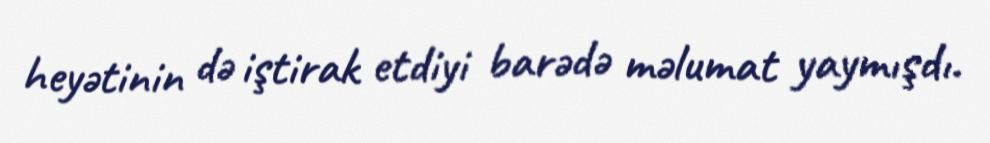
heyətinin də iştirak etdiyi barədə məlumat yaymışdı.